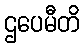
ဌပေမီတိ